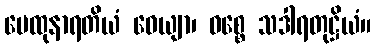
မေထုနာရတိယံ ဝေယျာ၊ ဝစ္စေ သဒါရတုဋ္ဌိယံ။